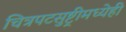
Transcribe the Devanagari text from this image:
चित्रपटसुष्ट्रीमध्येही